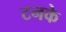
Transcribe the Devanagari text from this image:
टनके